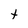
Character: t